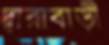
দ্বারাবাড়ী